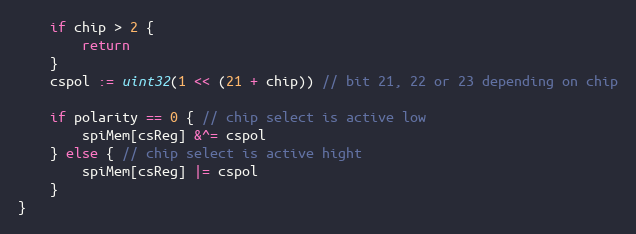
Language: Go
	if chip > 2 {
		return
	}
	cspol := uint32(1 << (21 + chip)) // bit 21, 22 or 23 depending on chip

	if polarity == 0 { // chip select is active low
		spiMem[csReg] &^= cspol
	} else { // chip select is active hight
		spiMem[csReg] |= cspol
	}
}